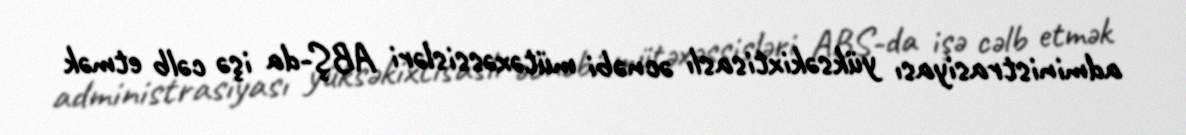
administrasiyası yüksəkixtisaslı əcnəbi mütəxəssisləri ABŞ-da işə cəlb etmək